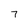
Character: 7